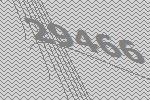
29466